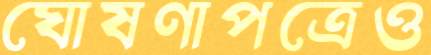
ঘোষণাপত্রেও